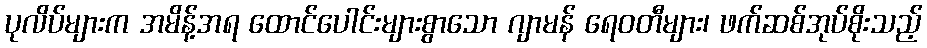
ပုလိပ်များက အမိန့်အရ ထောင်ပေါင်းများစွာသော ဂျာမန် ရေဝတီများ၊ ဖက်ဆစ်အုပ်စိုးသည့်